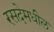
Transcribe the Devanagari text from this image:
रसदेमधील